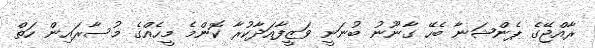
ރާއްޖޭގެ ޕެންޝަނާ ބެހޭ ގާނޫނު ބުނަނީ ވަޒީފާއަދާކުރާ ކޮންމެ މީހެއްގެ މުސާރައިން ހަތް